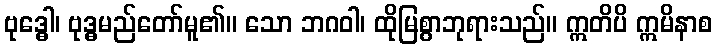
ဗုဒ္ဓေါ၊ ဗုဒ္ဓမည်တော်မူ၏။ သော ဘဂဝါ၊ ထိုမြစွာဘုရားသည်။ ဣတိပိ ဣမိနာစ